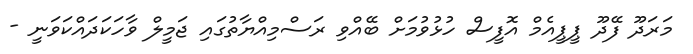
މަރަދޫ ފޭދޫ ޕީޕީއެމް އޮފީސް ހުޅުވުމަށް ބޭއްވި ރަސްމިއްޔާތުގައި ޖަމީލް ވާހަކަދައްކަވަނީ -